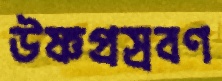
উষ্ণপ্রস্রবণ